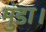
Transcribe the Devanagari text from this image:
मुंडा।